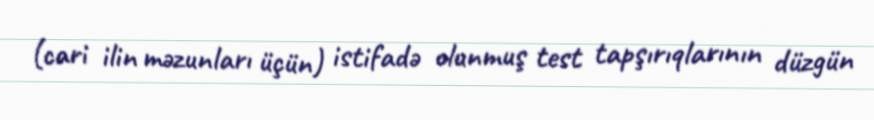
(cari ilin məzunları üçün) istifadə olunmuş test tapşırıqlarının düzgün